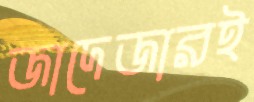
জাদেজারই